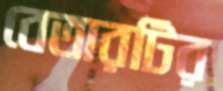
বেতারটির